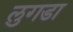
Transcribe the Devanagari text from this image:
लुगडा